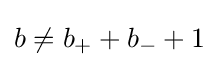
b\neq b_{+}+b_{-}+1